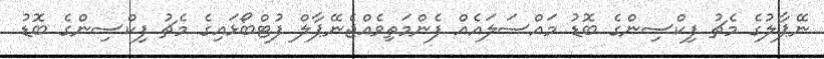
ނޭޕާލުގެ މެޗު ފިކްސިންގެ ބޮޑު މައްސަލައެއް ފެންމަތިވެއްޖެނޭޕާލް ފުޓްބޯޅައިގެ މެޗު ފިކްސިންގެ ބޮޑު